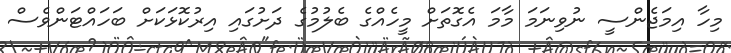
މިހާ އިމަޖެންސީ ނުވިނަމަ މާމަ އެގޮތަށް މީހެއްގެ ބެލުމުގެ ދަށުގައި އިރުކޮޅަކަށް ބަހައްޓަންވެސް